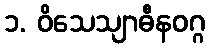
၁. ဝိသေသျာဓီနဝဂ္ဂ